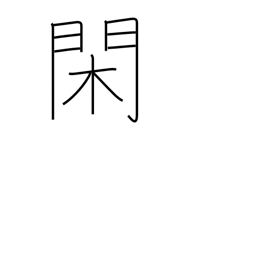
Meaning: leisure